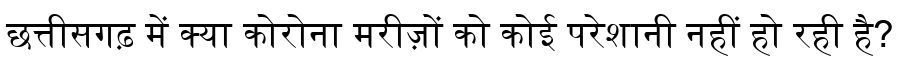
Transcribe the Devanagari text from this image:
छत्तीसगढ़ में क्या कोरोना मरीज़ों को कोई परेशानी नहीं हो रही है?